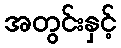
အတွင်းနှင့်